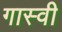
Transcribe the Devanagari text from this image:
गास्वी